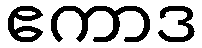
ဧကာဒ